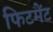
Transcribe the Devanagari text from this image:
फिटमेंट